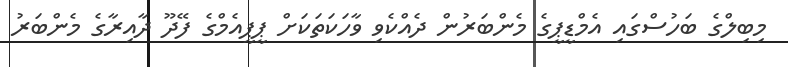
މިބިލްގެ ބަހުސްގައި އެމްޑީޕީގެ މެންބަރުން ދެއްކެވި ވާހަކަތަކަށް ޕީޕީއެމްގެ ފޭދޫ ދާއިރާގެ މެންބަރު